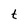
Character: t